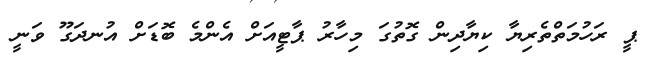
ޕީ ރަހުމަތްތެރިޔާ ކިޔާދިން ގޮތުގަ މިހާރު ޕާޓީއަށް އެންމެ ބޮޑަށް އުނދަގޫ ވަނީ